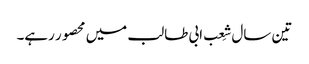
تین سال شِعب ابی طالب میں محصور رہے۔